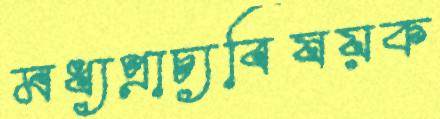
মধ্যপ্রাচ্যবিষয়ক